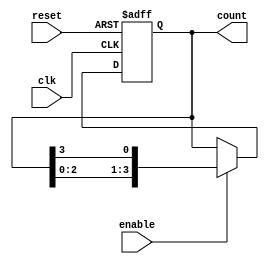
module ring_counter (
    input wire clk,          // Clock input
    input wire reset,        // Asynchronous reset
    input wire enable,       // Enable signal
    output reg [3:0] count   // 4-bit output
);

// Asynchronous reset and synchronous operation
always @(posedge clk or posedge reset) begin
    if (reset) begin
        count <= 4'b0001;  // Initialize count to 0001
    end else if (enable) begin
        // Shift the '1' to the next position
        count <= {count[2:0], count[3]};
    end
end

endmodule